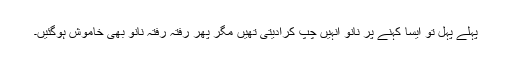
پہلے پہل تو ایسا کہنے پر نانو انہیں چپ کرادیتی تھیں مگر پھر رفتہ رفتہ نانو بھی خاموش ہوگئیں۔